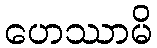
ဟေဿာမိ